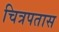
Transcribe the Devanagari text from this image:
चित्रपतास